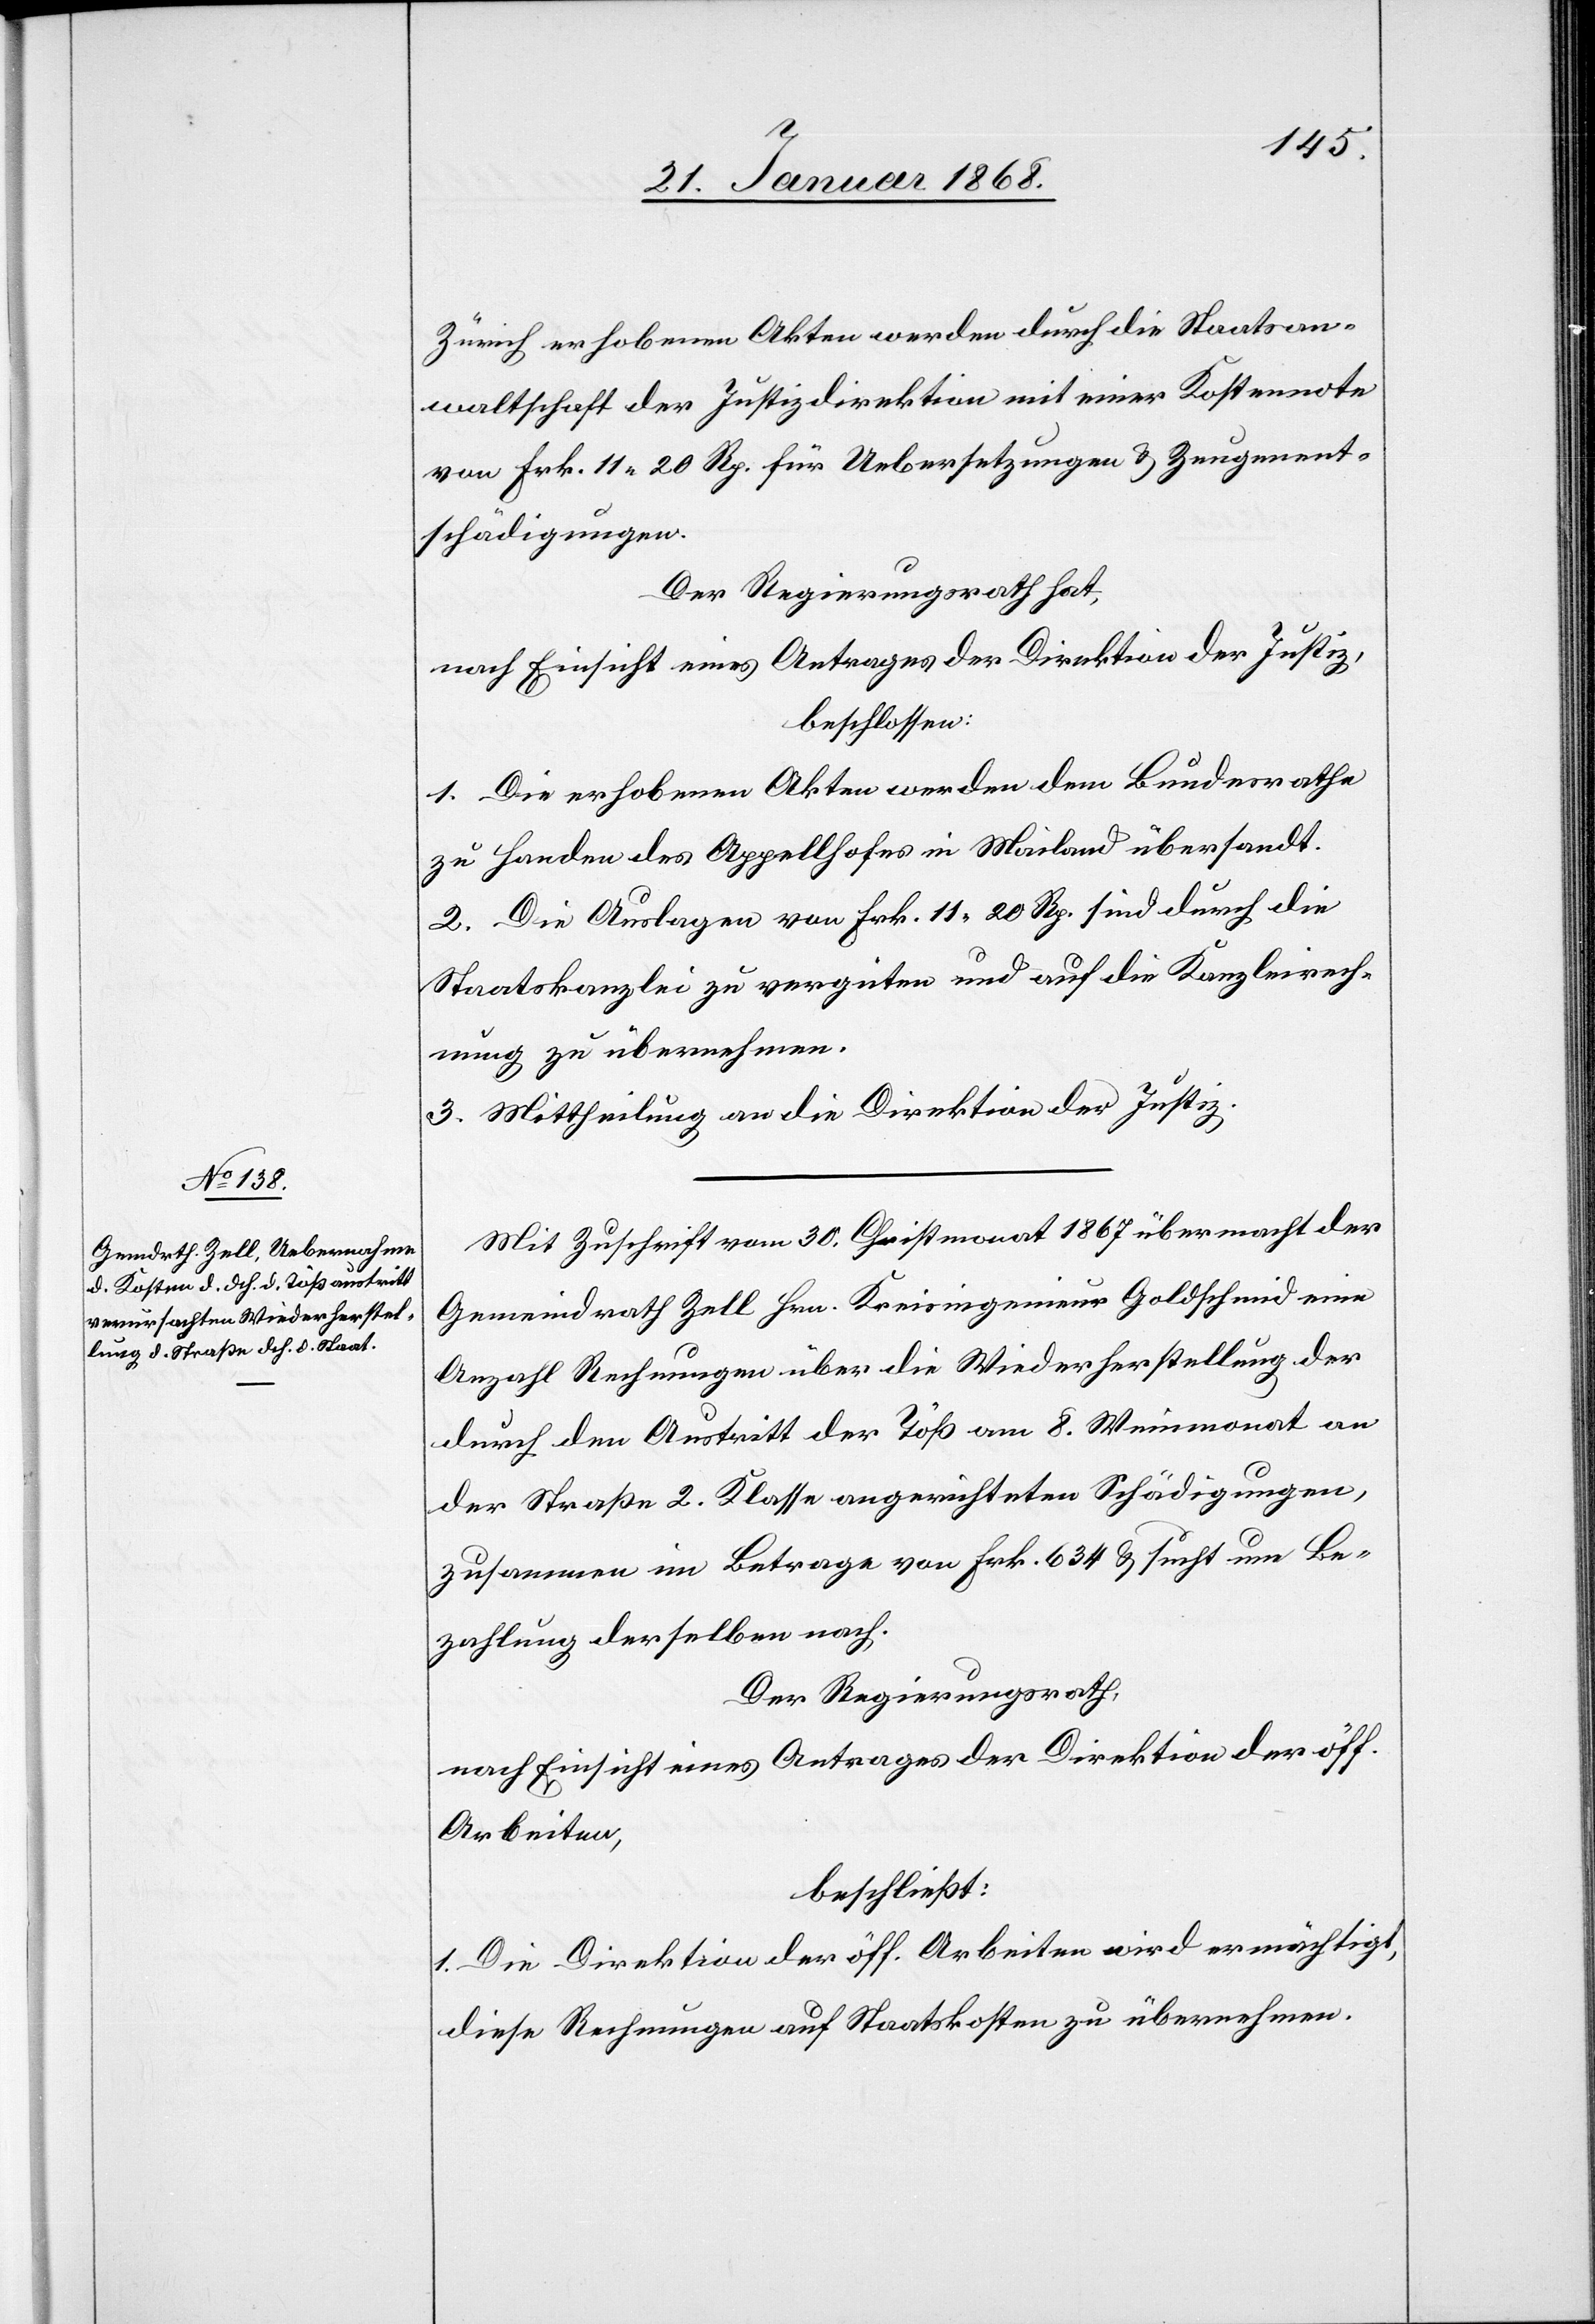
Zürich erhobenen Akten werden durch die Staatsan¬
waltschaft der Justizdirektion mit einer Kostennote
von Frk. 11 20 Rp. für Uebersetzungen & Zeugenent¬
schädigungen
Der Regierungsrath hat,
nach Einsicht eines Antrages der Direktion der Justiz,
beschlossen:
1. Die erhobenen Akten werden dem Bundesrathe
zu Handen des Appellhofes in Mailand übersandt.
2. Die Auslagen von Frk. 11 20 Rp. sind durch die
Staatskanzlei zu vergüten und auf die Kanzleirech¬
nung zu übernehmen.
3. Mittheilung an die Direktion der Justiz.
Mit Zuschrift vom 30. Christmonat 1867 übermacht der
Gemeindrath Zell Hrn. Kreisingenieur Goldschmid eine
Anzahl Rechnungen über die Wiederherstellung der
durch den Austritt der Töß am 8. Weinmonat an
der Straße 2. Klasse angerichteten Schädigungen,
zusammen im Betrage von Frk. 634 & sucht um Be¬
zahlung derselben nach.
Der Regierungsrath,
nach Einsicht eines Antrages der Direktion der öff.
Arbeiten,
beschließt:
1. Die Direktion der öff. Arbeiten wird ermächtigt,
diese Rechnungen auf Staatskosten zu übernehmen.